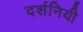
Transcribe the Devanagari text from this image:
दर्शनियी